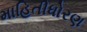
માહિતીધોરણ